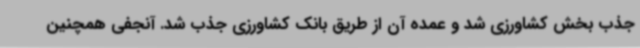
جذب بخش کشاورزی شد و عمده آن از طریق بانک کشاورزی جذب شد. آنجفی همچنین